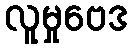
လူမှုဗေဒ